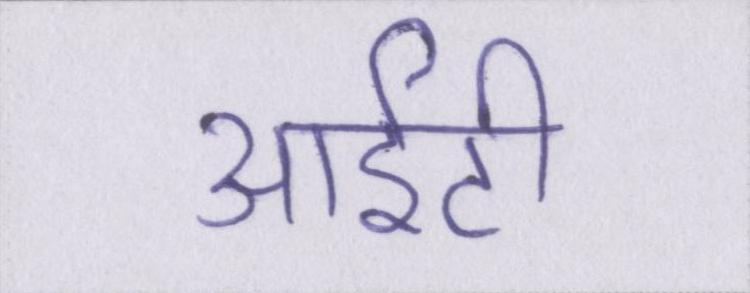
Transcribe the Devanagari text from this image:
आईटी